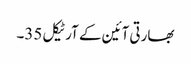
بھارتی آئین کے آرٹیکل 35۔